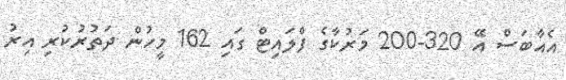
އެއާބަސް އޭ 320-200 މަރުކާގެ ފްލައިޓް ގައި 162 މީހުން ދަތުރުކުރި އިރު